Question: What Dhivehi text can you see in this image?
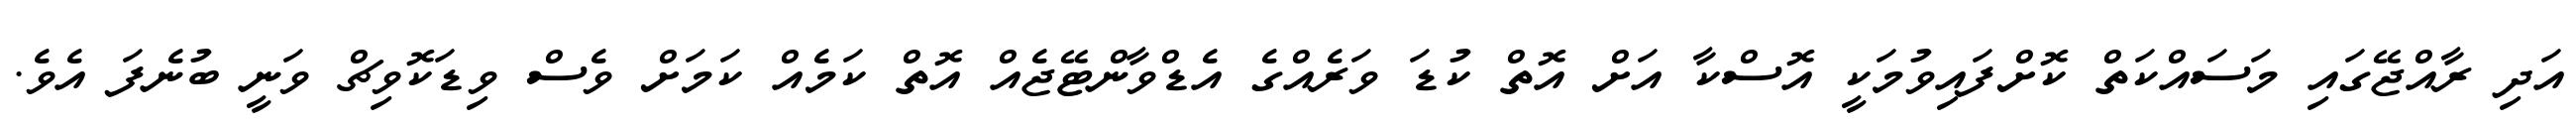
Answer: އަދި ރާއްޖޭގައި މަސައްކަތް ކޮށްފައިވުމަކީ އޮސްކާ އަށް އޮތް ކުޑަ ވަރެއްގެ އެޑްވާންޓޭޖެއް އޮތް ކަމެއް ކަމަށް ވެސް ވިޑަކޮވިޗް ވަނީ ބުނެފަ އެވެ.